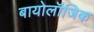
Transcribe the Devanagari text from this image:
बायोलॉजिक